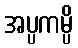
အပ္ပကမ္ပိ